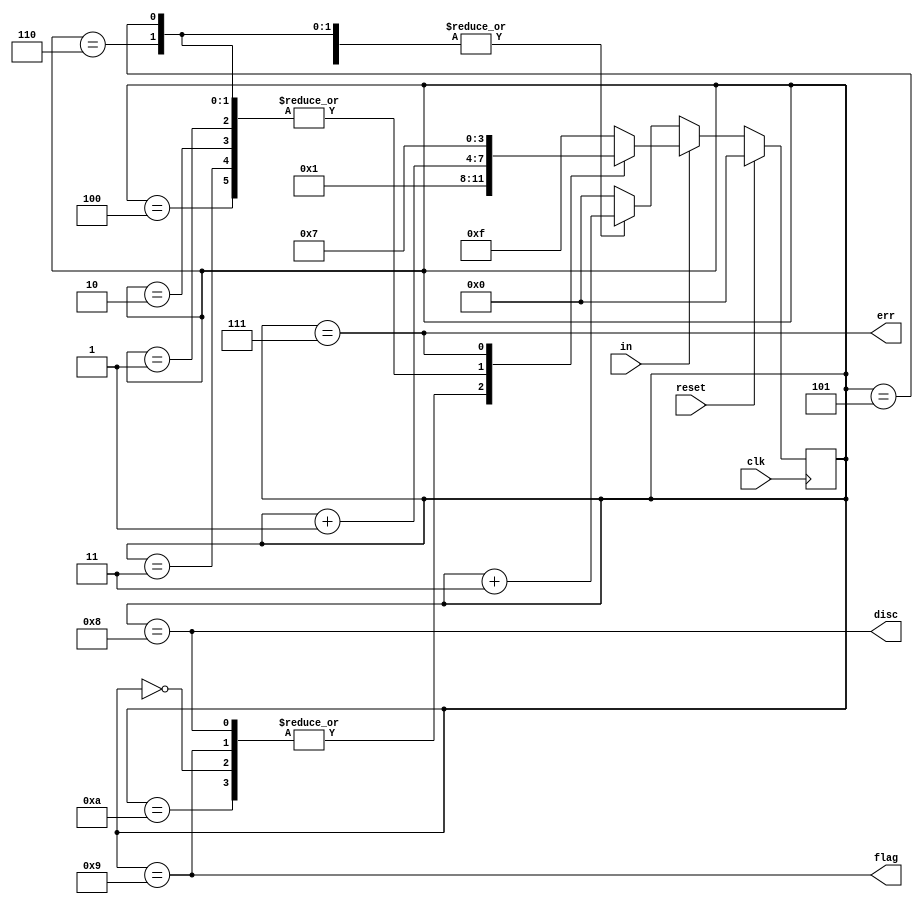
module top_module(
    input clk,
    input reset,    // Synchronous reset
    input in,
    output disc,
    output flag,
    output err);

    reg [3:0] state = 4'b1111;

    always @(posedge clk) begin
        if (reset)
            state <= 0;
        else if (in) begin
            case (state)
                0, 8, 9, 10:
                    state <= 1;
                1, 2, 3, 4, 5, 6:
                    state <= state + 1;
                7:
                    state <= 7;
          		default:
                    state <= 4'b1111;
            endcase
        end else begin
            case (state)
                5, 6, 7:
                    state <= state + 3;
                default:
                    state <= 0;
            endcase
        end
    end

    assign disc = state == 8;
    assign flag = state == 9;
    assign err = state == 7;

endmodule